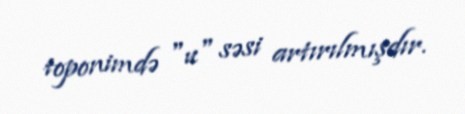
toponimdə "u" səsi artırılmışdır.